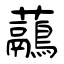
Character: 虉